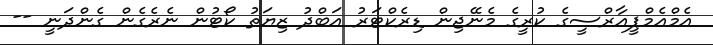
އެމްއެމްޕީއާރްސީގެ ކުރީގެ މެނޭޖިން ޑިރެކްޓަރު އަބްދު ޒިޔަތު ކޯޓުން ނެރެގެން ގެންދަނީ --